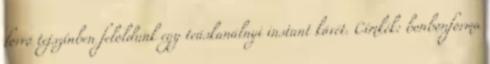
forró tejszínben feloldunk egy teáskanálnyi instant kávét. Címkék: bonbonforma